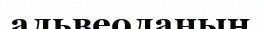
альвеоланың